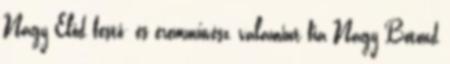
Nagy Előd festő- és éremművész, valamint fia Nagy Botond